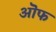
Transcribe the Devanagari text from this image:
ऒफ